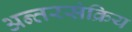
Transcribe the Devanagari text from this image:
अन्तरसंक्रिय